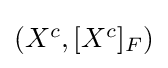
{\textstyle (X^{c},[X^{c}]_{F})}